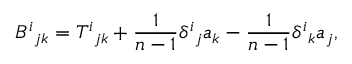
B ^ { i } { } _ { j k } = T ^ { i } { } _ { j k } + { \frac { 1 } { n - 1 } } \delta ^ { i } { } _ { j } a _ { k } - { \frac { 1 } { n - 1 } } \delta ^ { i } { } _ { k } a _ { j } ,